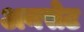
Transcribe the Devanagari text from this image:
अनसेट